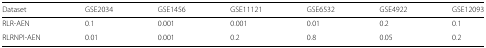
<table><thead><tr><td><b>Dataset</b></td><td><b>GSE2034</b></td><td><b>GSE1456</b></td><td><b>GSE11121</b></td><td><b>GSE6532</b></td><td><b>GSE4922</b></td><td><b>GSE12093</b></td></tr></thead><tbody><tr><td>RLR-AEN</td><td>0.1</td><td>0.001</td><td>0.001</td><td>0.01</td><td>0.2</td><td>0.1</td></tr><tr><td>RLRNPI-AEN</td><td>0.01</td><td>0.001</td><td>0.2</td><td>0.8</td><td>0.05</td><td>0.2</td></tr></tbody></table>